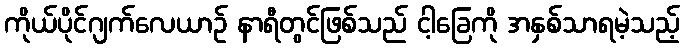
ကိုယ်ပိုင်ဂျက်လေယာဉ် နာရီတွင်ဖြစ်သည် ငါ့ခြေကို အနှစ်သာရမဲ့သည့်